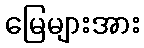
မြေများအား